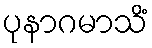
ပုနာဂမာသိံ